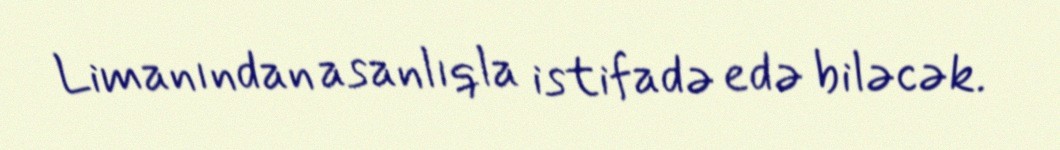
Limanından asanlıqla istifadə edə biləcək.